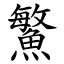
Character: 鰵